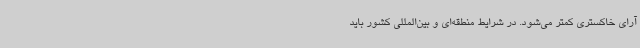
آرای خاکستری کمتر می‌شود. در شرایط منطقه‌ای و بین‌المللی کشور باید